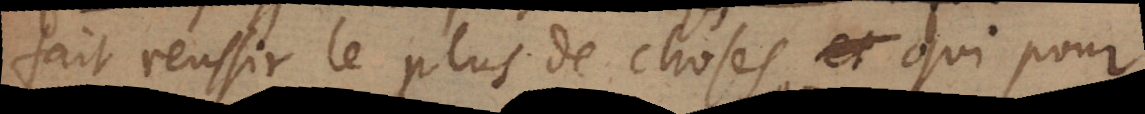
fait reussir le plus de choses , et qui pour